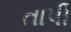
તાપી